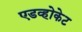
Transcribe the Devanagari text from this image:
एडव्होकेट